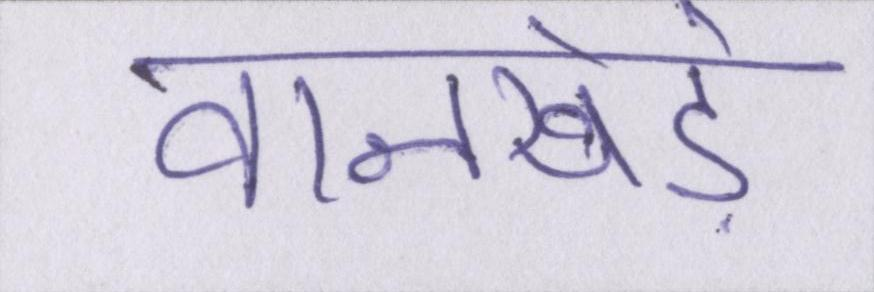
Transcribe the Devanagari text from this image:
वानखेड़े